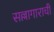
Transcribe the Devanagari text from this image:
सल्लागाराची